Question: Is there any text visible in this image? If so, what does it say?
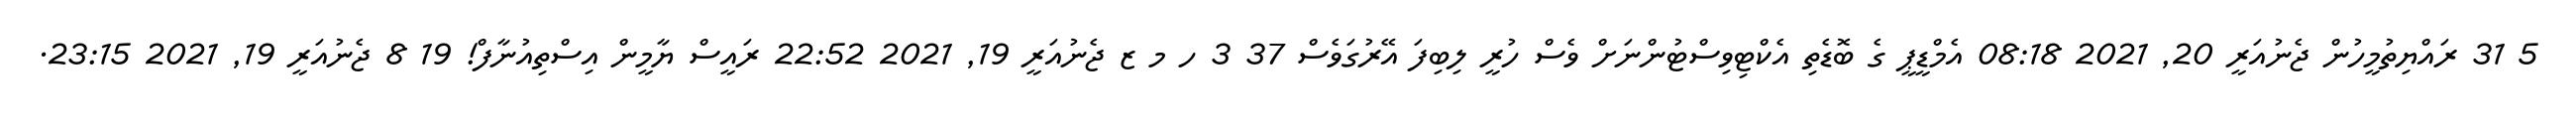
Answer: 5 31 ރައްޔިތުމީހުން ޖެނުއަރީ 20, 2021 08:18 އެމްޑީޕީ ގެ ބޮޑެތި އެކްޓިވިސްޓުންނަށް ވެސް ހުރީ ލިބިފަ އޭރުގަވެސް 37 3 ހ މ ޒ ޖެނުއަރީ 19, 2021 22:52 ރައީސް ޔާމީން އިސްތިއުނާފް! 19 8 ޖެނުއަރީ 19, 2021 23:15.